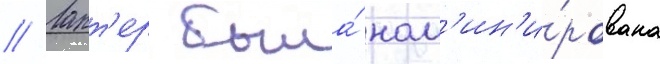
// Ларт'ер была́ ном'ин'и́рована